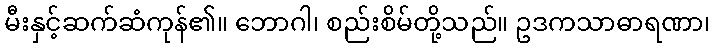
မီးနှင့်ဆက်ဆံကုန်၏။ ဘောဂါ၊ စည်းစိမ်တို့သည်။ ဥဒကသာဓာရဏာ၊